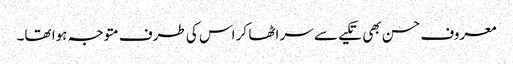
معروف حسن بھی تکیے سے سر اٹھا کر اس کی طرف متوجہ ہوا تھا۔